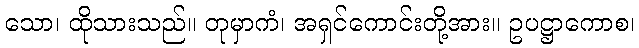
သော၊ ထိုသားသည်။ တုမှာကံ၊ အရှင်ကောင်းတို့အား။ ဥပဋ္ဌာကောစ၊